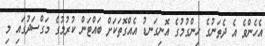
އެހެންވެ އެ ދެތަނުގެ ހިންގުމުގެ އޮނިގަނޑު އެއްގޮތަކަށް ބައްޓަން ކުރުމުގެ މަގްސަދުގައި މި